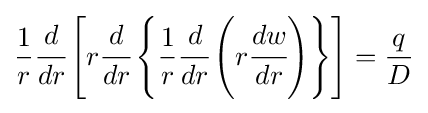
{\frac {1}{r}}{\cfrac {d}{dr}}\left[r{\cfrac {d}{dr}}\left\{{\frac {1}{r}}{\cfrac {d}{dr}}\left(r{\cfrac {dw}{dr}}\right)\right\}\right]={\frac {q}{D}}